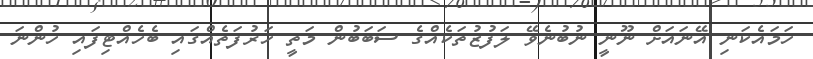
ހަމައެކަނި އޭނައަށް ނޫނީ ނުބުނެވޭ ލަފުޒުތަކެއްގެ ސަބަބުން މަތީ ހަރުފަތެއްގައި ބެހެއްޓިފައި ހުންނަ